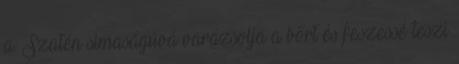
a. Szatén simaságúvá varázsolja a bőrt és feszessé teszi